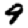
Digit: 9